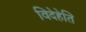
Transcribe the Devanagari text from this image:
विदेहेति